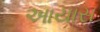
આયાસ